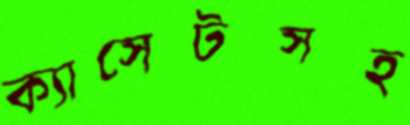
ক্যাসেটসহ